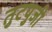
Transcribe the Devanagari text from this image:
तुटपुजी